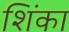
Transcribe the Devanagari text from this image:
शिंका